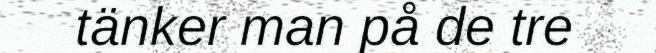
tänker man på de tre